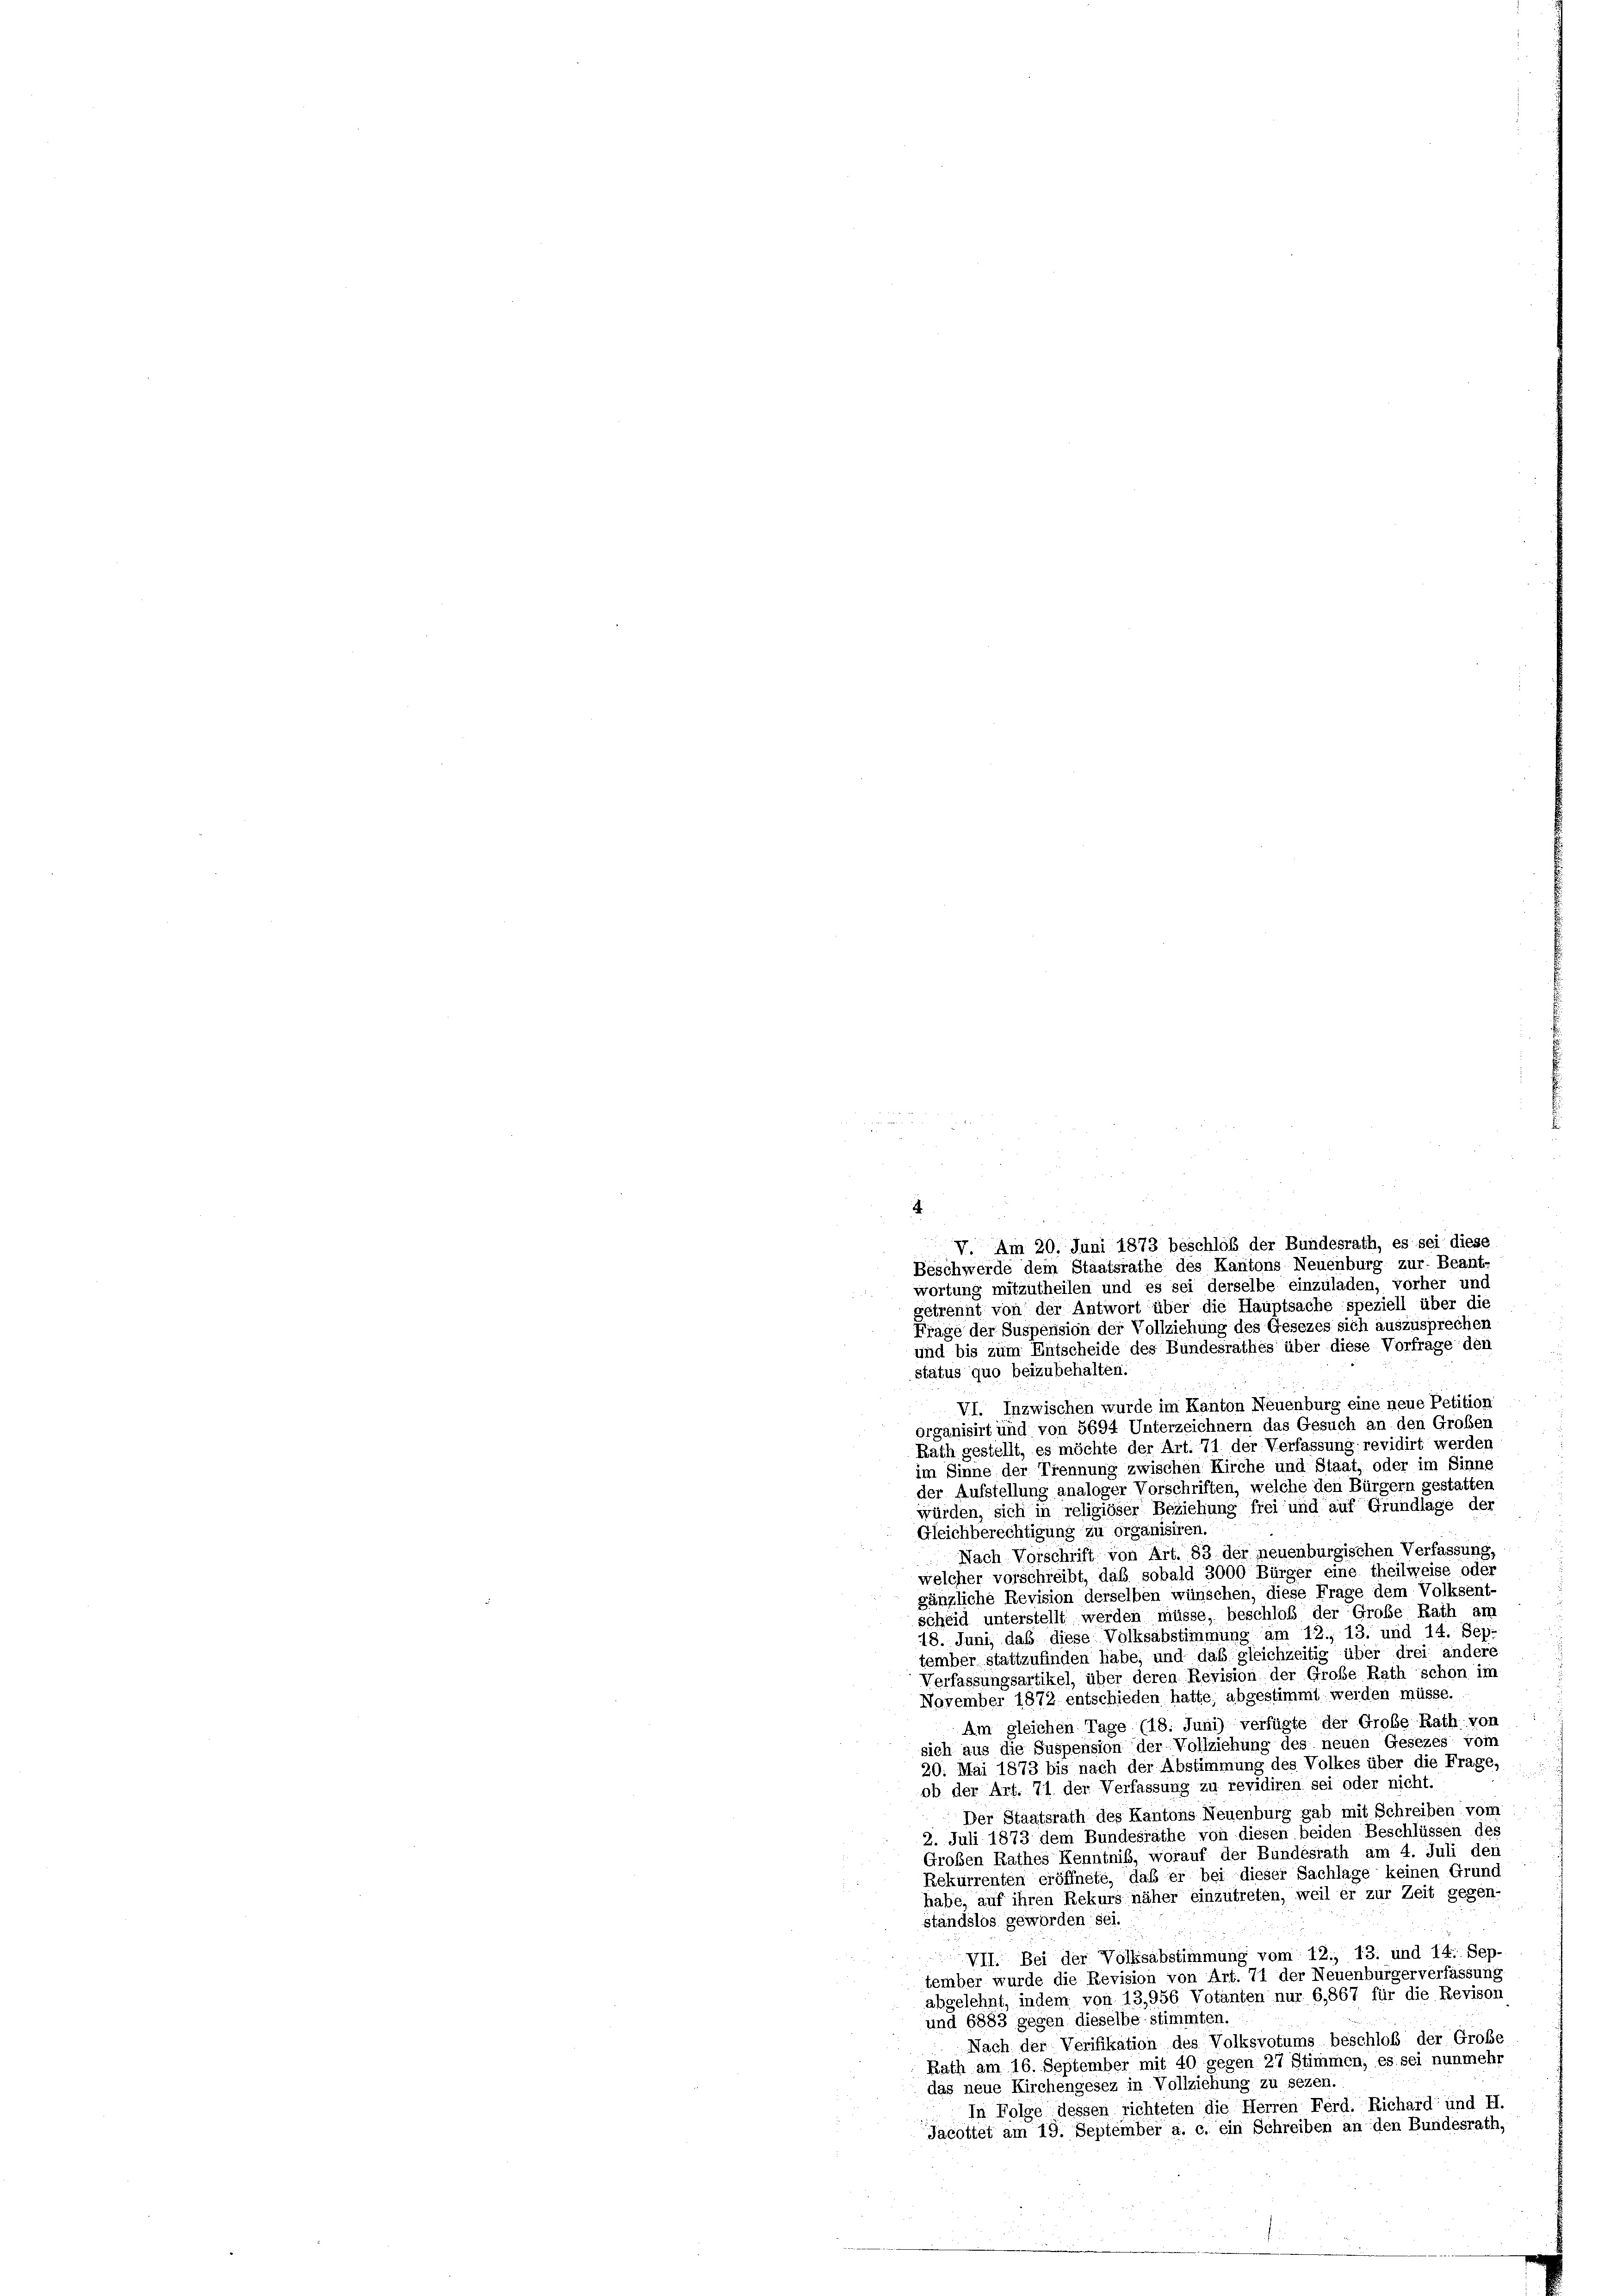
V. Am 20. Juni 1873 beschloß der Bundesrath, es sei diese
Beschwerde dem Staatsrathe des Kantons Neuenburg zur Beant-
wortung mitzutheilen und es sei derselbe einzuladen, vorher und
getrennt von der Antwort über die Hauptsache speziell über die
Frage der Suspension der Vollziehung des Gesezes sich auszusprechen
und bis zum Entscheide des Bundesrathes über diese Vorfrage den
status quo beizubehalten.
VI. Inzwischen wurde im Kanton Neuenburg eine neue Petition
organisirt und von 5694 Unterzeichnern das Gesuch an den Großen
Rath gestellt, es möchte der Art. 71 der Verfassung revidirt werden
im Sinne der Trennung zwischen Kirche und Staat, oder im Sinne
der Aufstellung analoger Vorschriften, welche den Bürgern gestatten
würden, sich in religiöser Beziehung frei und auf Grundlage der
Gleichberechtigung zu organisiren.
Nach Vorschrift von Art. 83 der neuenburgischen Verfassung,
welcher vorschreibt, daß sobald 3000 Bürger eine theilweise oder
gänzliche Revision derselben wünschen, diese Frage dem Volksent
scheid unterstellt werden müsse, beschloß der Große Rath an
18. Juni, daß diese Volksabstimmung am 12., 13. und 14. Sep.
tember stattzufinden habe; und das gleichzeitig über drei andere
Verfassungsartikel, über deren Revision der Große Rath schon im
November 1872 entschieden hatte, abgestimmt werden müsse.
Am gleichen Tage (18. Juni) verfügte der Große Rath von
sich aus die Suspension der Vollziehung des neuen Gesezes vom
20. Mai 1873 bis nach der Abstimmung des Volkes über die Frage,
ob der Art. 71 der Verfassung zu revidiren sei oder nicht.
Der Staatsrath des Kantons Neuenburg gab mit Schreiben vom
2. Juli 1873 dem Bundesrathe von diesen beiden Beschlüssen des
Großen Rathes Kenntniß, worauf der Bundesrath am 4. Juli den
Rekurrenten eröffnete, daß er bei dieser Sachlage keinen Grund
habe, auf ihren Rekurs näher einzutreten, weil er zur Zeit gegen-
ständslos geworden sei.
VII. Bei der Volksabstimmung vom 12., 13. und 14. Sep-
tember wurde die Revision von Art. 71 der Neuenburgerverfassung
abgelehnt, indem von 13,956 Votanten nur 6,867 für die Revison
und 6883 gegen dieselbe stimmten,
Nach der Verifikation des Volksvotums beschloß der Große
Rath am 16. September mit 40 gegen 27 Stimmen, es sei nunmehr
das neue Kirchengesez in Vollziehung zu sezen.
In Folge dessen richteten die Herren Ferd. Richard und H.
Jacottet am 19. September a. c. ein Schreiben an den Bundesrath,